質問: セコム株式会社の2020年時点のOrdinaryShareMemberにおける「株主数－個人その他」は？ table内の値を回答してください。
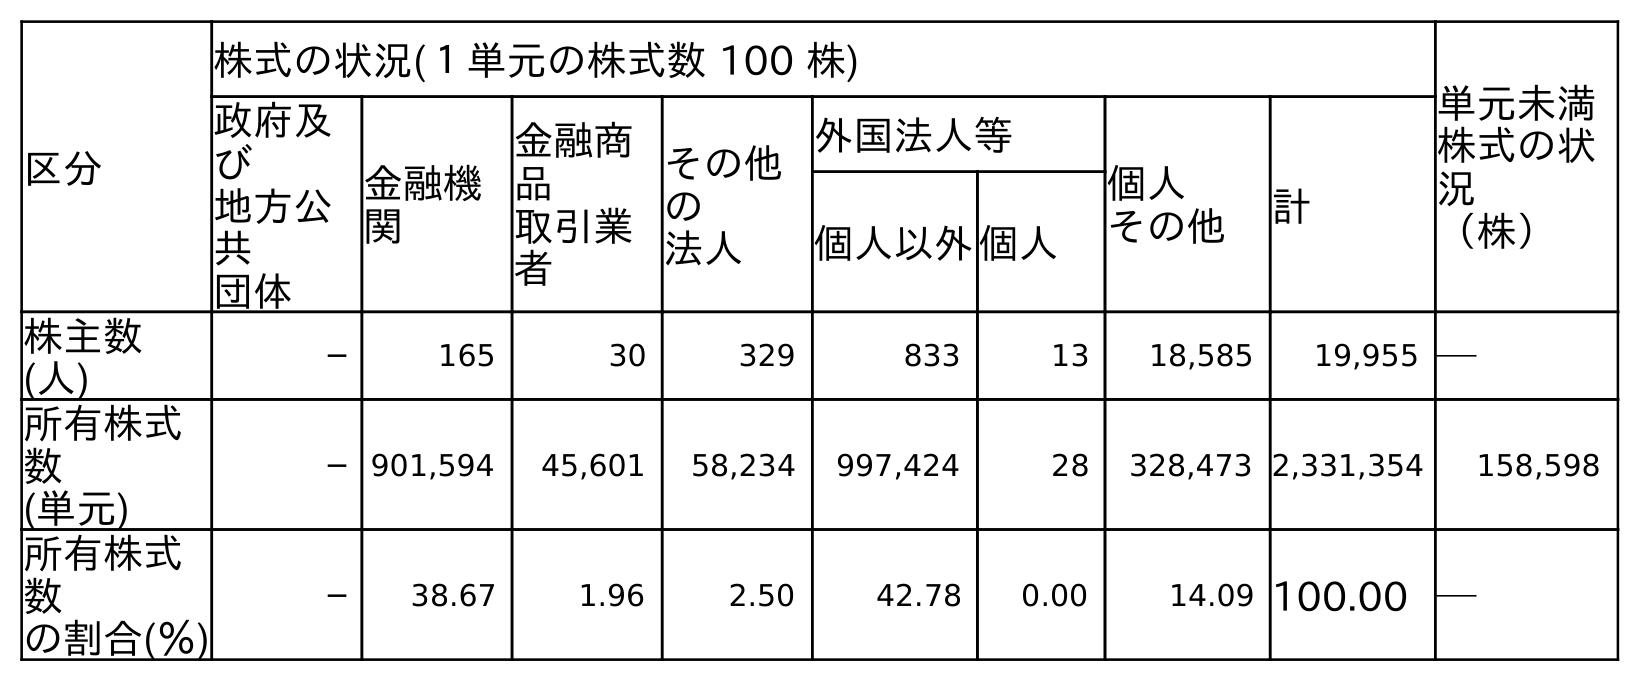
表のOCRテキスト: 区分 株式の状況(１単元の株式数 100 株) 単元未満 株式の状 況 （株） 政府及 び 地方公 共 団体 金融機 関 金融商 品 取引業 者 その他 の 法人 外国法人等 個人 その他 計 個人以外個人 株主数 (人) ─ 165 30 329 833 13 18,585 19,955 ─ 所有株式 数 (単元) ─ 901,594 45,601 58,234 997,424 28 328,473 2,331,354 158,598 所有株式 数 の割合(％) ─ 38.67 1.96 2.50 42.78 0.00 14.09 100.00 ─
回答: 18,585